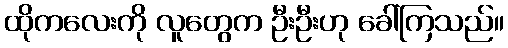
ထိုကလေးကို လူတွေက ဦးဦးဟု ခေါ်ကြသည်။